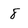
Character: 8